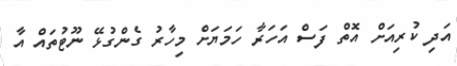
އަދި ކުރިއަށް އޮތް ފަސް އަހަރާ ހަމަޔަށް މިހާރު ގެންގުޅޭ ނޫޓުތައް އާ